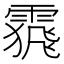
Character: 𩄩